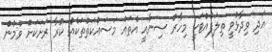
އަދި ވިދާޅުވީ ތިލަފުއްޓަކީ މިހާރު ސިނާއީ އެތައް މަސައްކަތްތަކެއް ކުރާ ރަށަކަށް ވުމުން